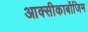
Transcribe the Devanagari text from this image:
आक्‍सीकार्बोजिम